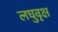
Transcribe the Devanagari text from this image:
लघुवृक्ष